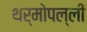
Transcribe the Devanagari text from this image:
थर्मोपल्ली